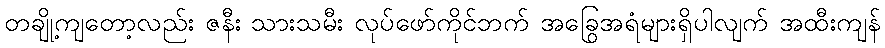
တချို့ကျတော့လည်း ဇနီး သားသမီး လုပ်ဖော်ကိုင်ဘက် အခြွေအရံများရှိပါလျက် အထီးကျန်